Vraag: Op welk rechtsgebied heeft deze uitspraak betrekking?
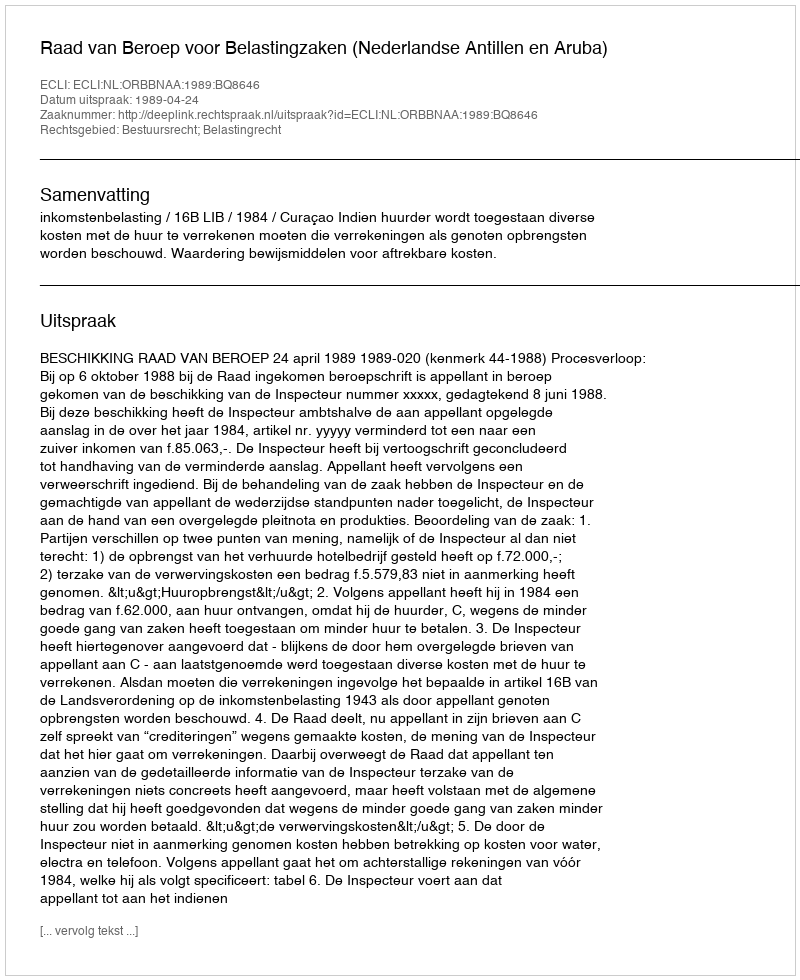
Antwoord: Bestuursrecht; Belastingrecht